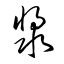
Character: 漿